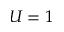
U = 1